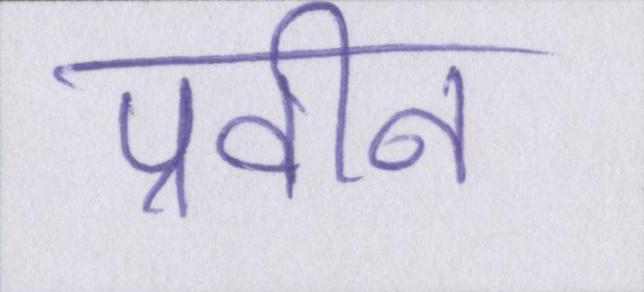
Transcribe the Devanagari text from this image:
प्रवीन